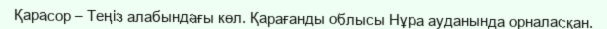
Қарасор – Теңіз алабындағы көл. Қарағанды облысы Нұра ауданында орналасқан.